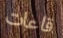
قاعات